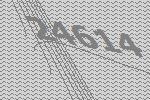
24614